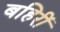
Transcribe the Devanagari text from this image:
बहिरीं